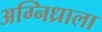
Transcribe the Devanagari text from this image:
अग्निध्राला